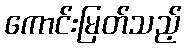
ကောင်းမြတ်သည့်